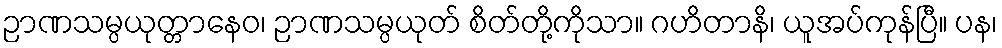
ဉာဏသမ္ပယုတ္တာနေဝ၊ ဉာဏသမ္ပယုတ် စိတ်တို့ကိုသာ။ ဂဟိတာနိ၊ ယူအပ်ကုန်ပြီ။ ပန၊